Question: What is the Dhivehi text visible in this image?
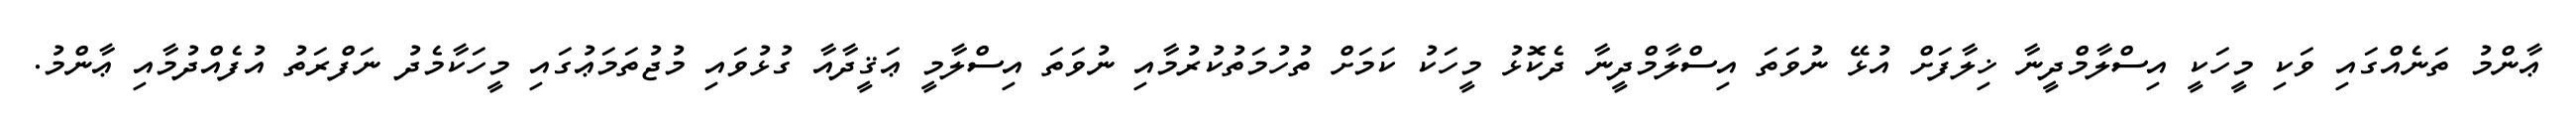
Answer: ޢާންމު ތަނެއްގައި ވަކި މީހަކީ އިސްލާމްދީނާ ޚިލާފަށް އުޅޭ ނުވަތަ އިސްލާމްދީނާ ދެކޮޅު މީހަކު ކަމަށް ތުހުމަތުކުރުމާއި ނުވަތަ އިސްލާމީ ޢަޤީދާއާ ގުޅުވައި މުޖުތަމަޢުގައި މީހަކާމެދު ނަފްރަތު އުފެއްދުމާއި ޢާންމު.